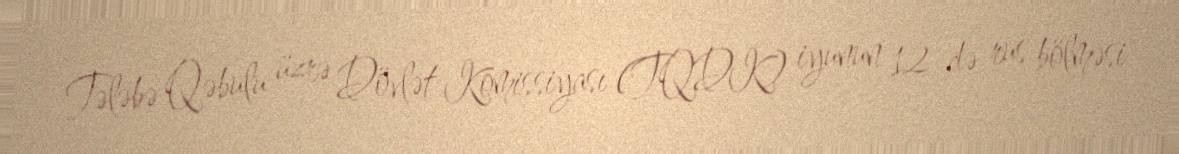
Tələbə Qəbulu üzrə Dövlət Komissiyası (TQDK) iyunun 12-də rus bölməsi